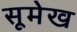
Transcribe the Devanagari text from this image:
सूमेख